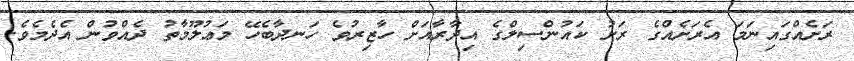
ރަށެއްގައިނަމަ އެރަށެއްގެ ރަށު ކައުންސިލްގެ އިދާރާއަށް ހާޒިރުވެ ހަނދާބެހޭ މަޢުލޫމާތު ދެއްވުން އެދެމެވެ.